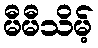
မီမီသိမ့်